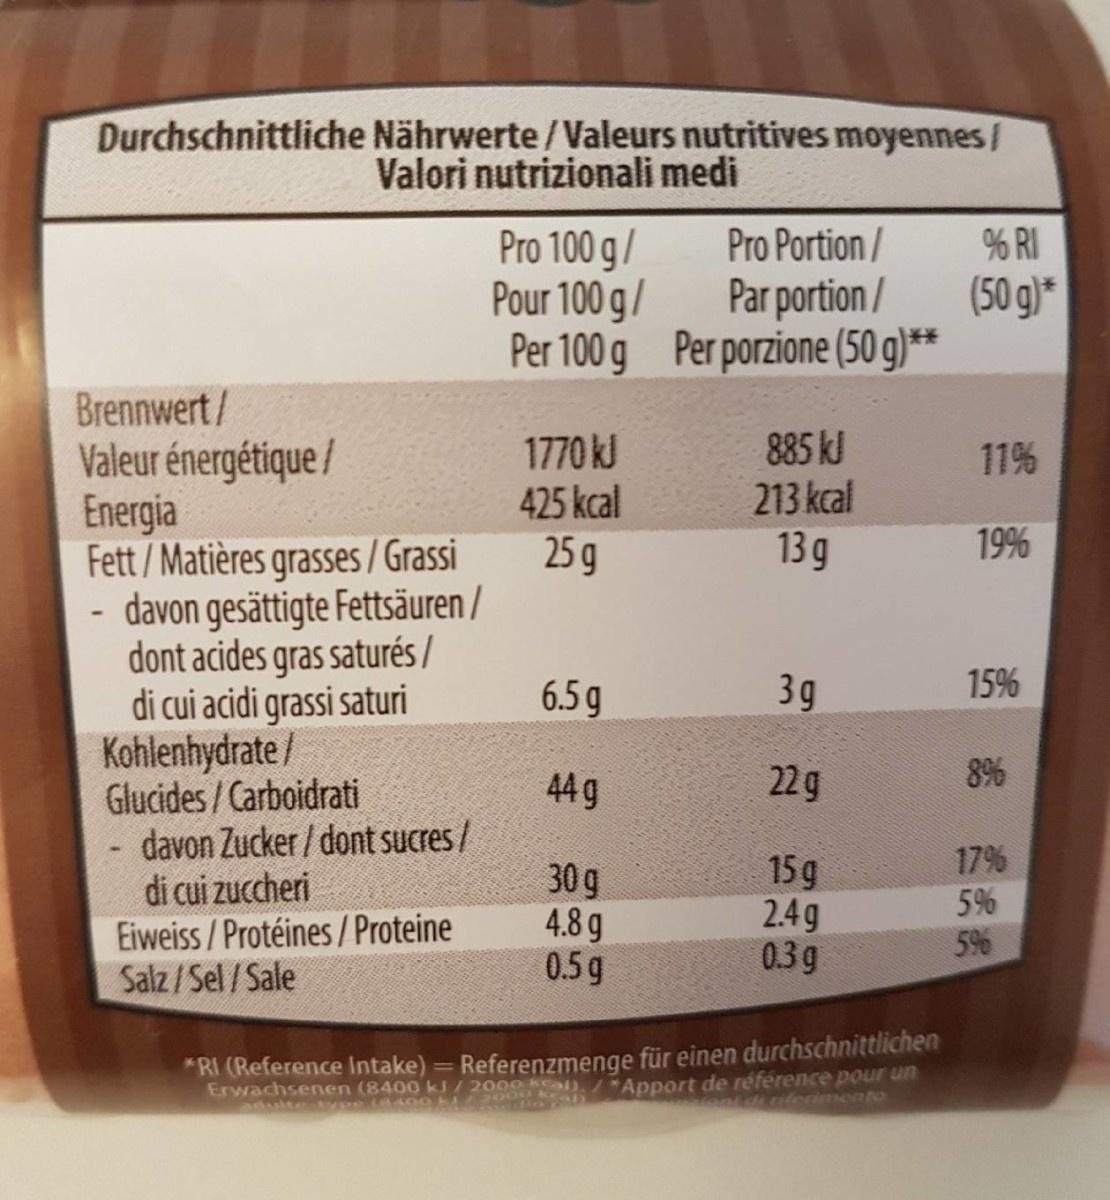
Durchschnittliche Nährwerte /Valeurs nutritives moyennes/ Valori nutrizionali medi
Pro 100 g/ Pour 100 g/ Per 100 g Per porzione (50 g)**
Pro Portion/
% RI
Par portion/
(50 g)*
Brennwert/ Valeur énergétique / Energia Fett/Matières grasses / Grassi - davon gesättiqte Fettsäuren / dont acides gras saturés / di cui acidi grassi saturi Kohlenhydrate / Glucides/ Carboidrati davon Zucker / dont sucres/ di cui zuccheri Eiweiss/ Protéines / Proteine Salz/Sel/Sale
1770 kJ 425 kcal 25 g
885 kJ 213 kcal 13 g
11%
19%
6.5g
3g
15%
44 g
22g
8%
17%
30g 4.8g 0.5g
15g 2.4g 0.3g
5% 5%
*RI (Reference Intake) =
Referenzmenge für einen durchschnittlichen
Erwachsenen (8400 kJ/2000 kal), / *Apport de référence pour un nt di tiferimento
adulte Vee ( 400